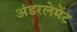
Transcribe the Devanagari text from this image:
अंडरलेमेंट